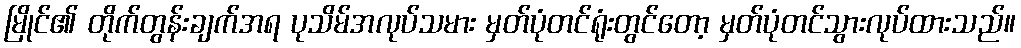
မြိုင်၏ တိုက်တွန်းချက်အရ ပုသိမ်အလုပ်သမား မှတ်ပုံတင်ရုံးတွင်တော့ မှတ်ပုံတင်သွားလုပ်ထားသည်။